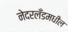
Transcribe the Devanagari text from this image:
नेदरलँडमधील